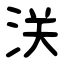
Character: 浂